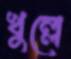
খুল্লে